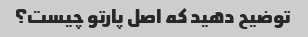
توضیح دهید که اصل پارتو چیست؟